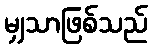
မျှသာဖြစ်သည်